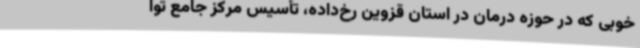
خوبی که در حوزه درمان در استان قزوین رخ‌داده، تأسیس مرکز جامع توا